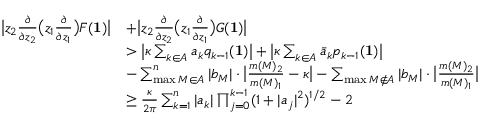
\begin{array} { r l } { \big | z _ { 2 } \frac { \partial } { \partial z _ { 2 } } \big ( z _ { 1 } \frac { \partial } { \partial z _ { 1 } } \big ) F ( { \bf 1 } ) \big | } & { + \big | z _ { 2 } \frac { \partial } { \partial z _ { 2 } } \big ( z _ { 1 } \frac { \partial } { \partial z _ { 1 } } \big ) G ( { \bf 1 } ) \big | } \\ & { > \big | \kappa \sum _ { k \in A } a _ { k } { q _ { k - 1 } ( { \bf 1 } ) } \big | + \big | \kappa \sum _ { k \in A } \bar { a } _ { k } { p _ { k - 1 } ( { \bf 1 } ) } \big | } \\ & { - \sum _ { \operatorname* { m a x } M \in A } ^ { n } | b _ { M } | \cdot \big | \frac { m ( M ) _ { 2 } } { m ( M ) _ { 1 } } - \kappa \big | - \sum _ { \operatorname* { m a x } M \notin A } | b _ { M } | \cdot \big | \frac { m ( M ) _ { 2 } } { m ( M ) _ { 1 } } \big | } \\ & { \geq \frac { \kappa } { 2 \pi } \sum _ { k = 1 } ^ { n } | a _ { k } | \prod _ { j = 0 } ^ { k - 1 } ( 1 + | a _ { j } | ^ { 2 } ) ^ { 1 / 2 } - 2 } \end{array}